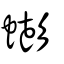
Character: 蟛